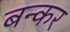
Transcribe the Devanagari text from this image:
बन्कर